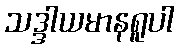
သဒ္ဒါယမာနရူပါ